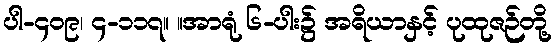
ပါ-၄၀၉၊ ၄-၁၁၇။ ။အာရုံ ၆-ပါး၌ အရိယာနှင့် ပုထုဇဉ်တို့